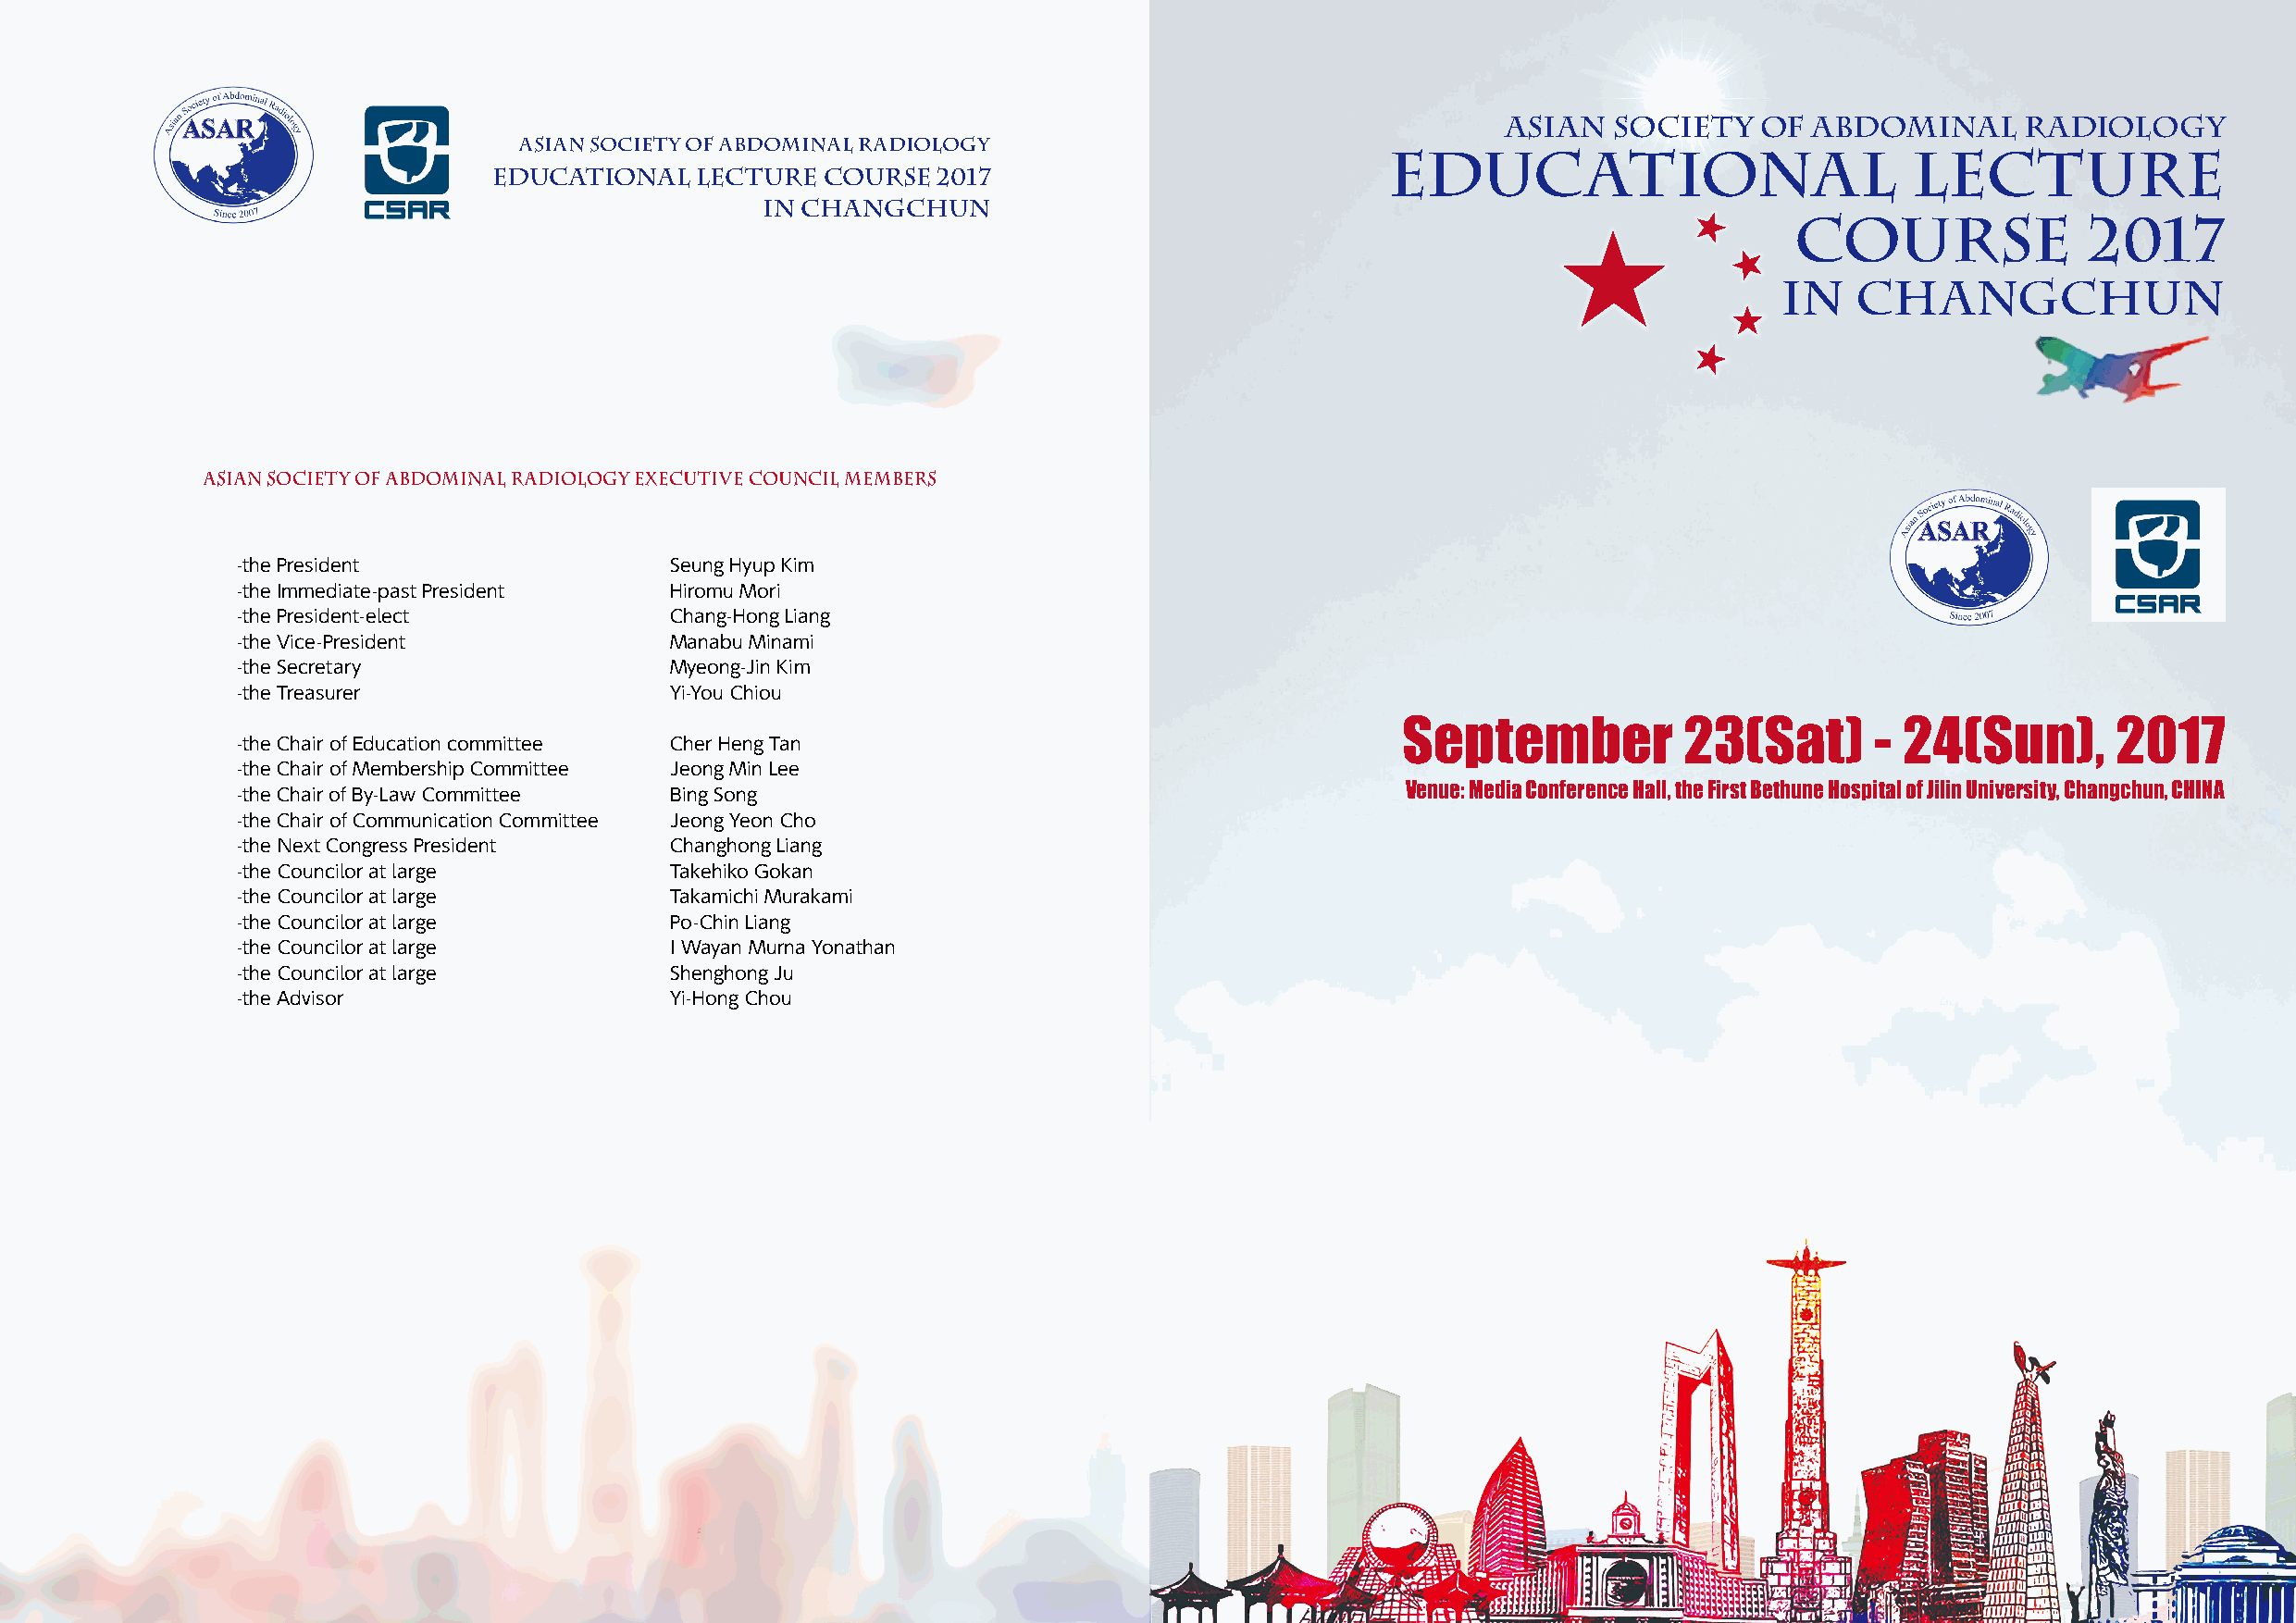
AAssiiaann SSoocciieettyy ooff AAbbddoommiinnaall RRaaddiioollooggyy
 AAssiiaann SSoocciieettyy ooff AAbbddoommiinnaall RRaaddiioollooggyy
 EEdduuccaattiioonnaall                LLeeccttuurree
 EEdduuccaattiioonnaall LLeeccttuurree CCoouurrssee 22001177
 iinn CChhaannggcchhuunn
 CCoouurrssee         22001177
 iinn  CChhaannggcchhuunn
 Asian Society of Abdominal Radiology Executive Council Members
 -the President                 Seung Hyup Kim
 -the Immediate-past President  Hiromu Mori
 -the President-elect           Chang-Hong Liang
 -the Vice-President            Manabu Minami
 -the Secretary                 Myeong-Jin Kim
 -the Treasurer                 Yi-You Chiou
 September           23(Sat)       - 24(Sun),       2017
 -the Chair of Education committee Cher Heng Tan
 -the Chair of Membership Committee Jeong Min Lee
 Venue: Media Conference Hall, the First Bethune Hospital of Jilin University, Changchun, CHINA
 -the Chair of By-Law Committee Bing Song
 -the Chair of Communication Committee Jeong Yeon Cho
 -the Next Congress President   Changhong Liang
 -the Councilor at large        Takehiko Gokan
 -the Councilor at large        Takamichi Murakami
 -the Councilor at large        Po-Chin Liang
 -the Councilor at large        I Wayan Murna Yonathan
 -the Councilor at large        Shenghong Ju
 -the Advisor                   Yi-Hong Chou